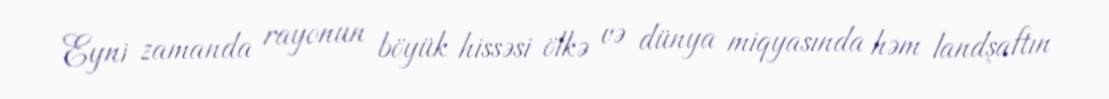
Eyni zamanda rayonun böyük hissəsi ölkə və dünya miqyasında həm landşaftın